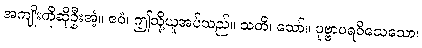
အကျိုးကိုဆိုဦးအံ့။ ဧဝံ၊ ဤသို့ယူအပ်သည်။ သတိ၊ သော်။ ပုဗ္ဗာပရဝိသေသော၊